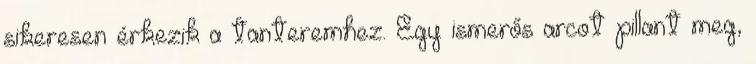
sikeresen érkezik a tanteremhez. Egy ismerős arcot pillant meg,